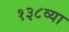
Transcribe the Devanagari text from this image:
१३८व्या